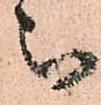
被